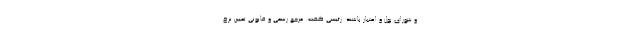
و شورای پول و اعتبار باشند. رئیسی گفت: مرجع رسمی و قانونی تعیین نرخ